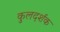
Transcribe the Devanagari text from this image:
कुलदर्शक